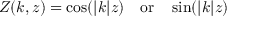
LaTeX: Z ( k , z ) = \cos ( | k | z ) \, \, \, \, \, \, \mathrm { o r } \, \, \, \, \, \, \sin ( | k | z )